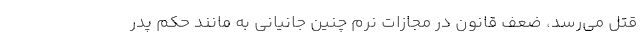
قتل می‌رسد، ضعف قانون در مجازات نرم چنین جانیانی به مانند حکم پدر